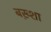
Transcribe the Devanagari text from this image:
बख़्शा